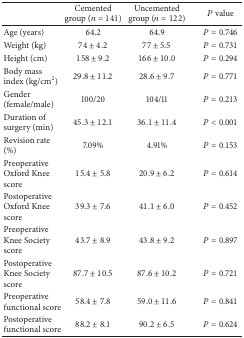
<table><thead><tr><td><b> </b></td><td><b>Cemented group (<i>n</i> = 141)</b></td><td><b>Uncemented group (<i>n</i> = 122)</b></td><td><b><i>P </i> value</b></td></tr></thead><tbody><tr><td>Age (years)</td><td>64.2</td><td>64.9</td><td><i>P</i> = 0.746</td></tr><tr><td>Weight (kg)</td><td>74 ± 4.2</td><td>77 ± 5.5</td><td><i>P</i> = 0.731</td></tr><tr><td>Height (cm)</td><td>158 ± 9.2</td><td>166 ± 10.0</td><td><i>P</i> = 0.294</td></tr><tr><td>Body mass index (kg/cm<sup>2</sup>)</td><td>29.8 ± 11.2</td><td>28.6 ± 9.7</td><td><i>P</i> = 0.771</td></tr><tr><td>Gender (female/male)</td><td>100/20</td><td>104/11</td><td><i>P</i> = 0.213</td></tr><tr><td>Duration of surgery (min)</td><td>45.3 ± 12.1</td><td>36.1 ± 11.4</td><td><i>P</i> &lt; 0.001</td></tr><tr><td>Revision rate (%)</td><td>7.09%</td><td>4.91%</td><td><i>P</i> = 0.153</td></tr><tr><td>Preoperative Oxford Knee score</td><td>15.4 ± 5.8</td><td>20.9 ± 6.2</td><td><i>P</i> = 0.614</td></tr><tr><td>Postoperative Oxford Knee score</td><td>39.3 ± 7.6</td><td>41.1 ± 6.0</td><td><i>P</i> = 0.452</td></tr><tr><td>Preoperative Knee Society score</td><td>43.7 ± 8.9</td><td>43.8 ± 9.2</td><td><i>P</i> = 0.897</td></tr><tr><td>Postoperative Knee Society score</td><td>87.7 ± 10.5</td><td>87.6 ± 10.2</td><td><i>P</i> = 0.721</td></tr><tr><td>Preoperative functional score</td><td>58.4 ± 7.8</td><td>59.0 ± 11.6</td><td><i>P</i> = 0.841</td></tr><tr><td>Postoperative functional score</td><td>88.2 ± 8.1</td><td>90.2 ± 6.5</td><td><i>P</i> = 0.624</td></tr></tbody></table>